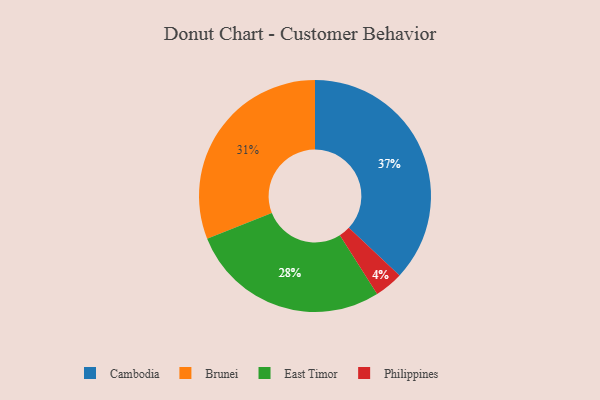
{"axis": {"x": "Category", "y": "Percentage"}, "legend": ["Brunei", "Cambodia", "East Timor", "Philippines"], "data": [{"x": "Brunei", "y": 31, "type": "Brunei"}, {"x": "Cambodia", "y": 37, "type": "Cambodia"}, {"x": "Philippines", "y": 4, "type": "Philippines"}, {"x": "East Timor", "y": 28, "type": "East Timor"}]}